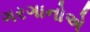
ગરગાનોએ